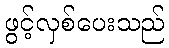
ဖွင့်လှစ်ပေးသည်